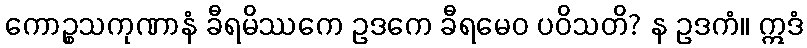
ကောဉ္စသကုဏာနံ ခီရမိဿကေ ဥဒကေ ခီရမေဝ ပဝိသတိ? န ဥဒကံ။ ဣဒံ